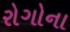
રોગોના